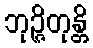
ဘုဉ္ဇိတုန္တိ